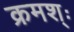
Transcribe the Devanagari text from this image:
क्रमश्ः